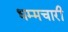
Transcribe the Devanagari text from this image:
धम्मचारी